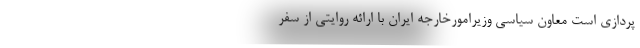
پردازی است معاون سیاسی وزیرامورخارجه ایران با ارائه روایتی از سفر